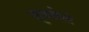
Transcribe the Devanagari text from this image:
जुळ्लेले